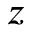
z